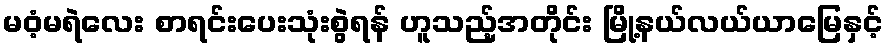
မဝံ့မရဲလေး စာရင်းပေးသုံးစွဲရန် ဟူသည့်အတိုင်း မြို့နယ်လယ်ယာမြေနှင့်